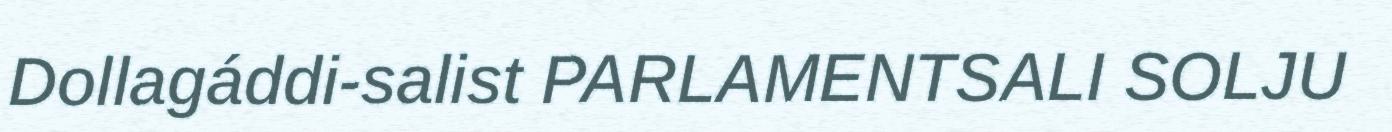
Dollagáddi-salist PARLAMENTSALI SOLJU